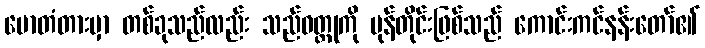
ဗောတံတားမှာ တစ်ခုသည်လည်း သည်ဝတ္တုကို မုန်တိုင်းဖြစ်သည် ကောင်းကင်နန်းတော်၏